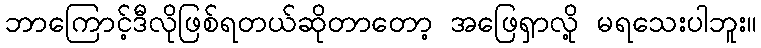
ဘာကြောင့်ဒီလိုဖြစ်ရတယ်ဆိုတာတော့ အဖြေရှာလို့ မရသေးပါဘူး။